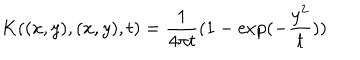
LaTeX: K ( ( x , y ) , ( x , y ) , t ) = { \frac { 1 } { 4 \pi t } } ( 1 - \exp ( - { \frac { y ^ { 2 } } { t } } ) )